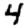
Digit: 4